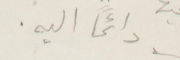
دائمًا اليه